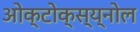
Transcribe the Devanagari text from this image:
ओक्टोक्स्य्नोल